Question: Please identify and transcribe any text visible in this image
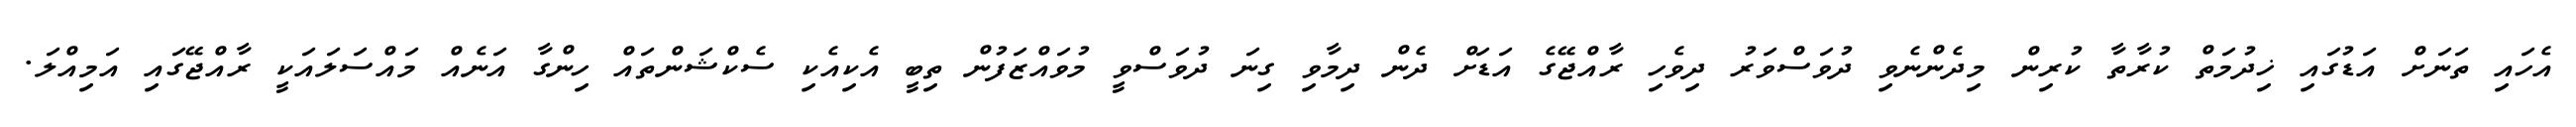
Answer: އެހައި ތަނަށް އަޑުގައި ޚިދުމަތް ކުރާތާ ކުރިން މިދެންނެވި ދުވަސްވަރު ދިވެހި ރާއްޖޭގެ އަޑަށް ދެން ދިމާވި ގިނަ ދުވަސްވީ މުވައްޒަފުން ތިބީ އެކިއެކި ސެކްޝަންތައް ހިންގާ އަނެއް މައްސަލައަކީ ރާއްޖޭގައި އަމިއްލަ.